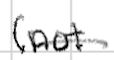
Text: (not
Cross-out: single-line
Writing tool: digital_black